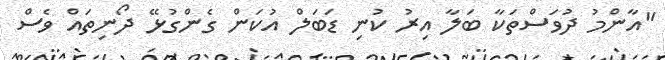
"އާންމު ދުވަސްތަކާ ބަލާ އިރު ކުނި ޑަބަލް އުކަން ގެންގުޅޭ ދޯނިތައް ވެސް